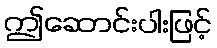
ဤဆောင်းပါးဖြင့်